Report on vaccination North-West Frontier Province 1904-1922 - 1904-1922
Year: 1904
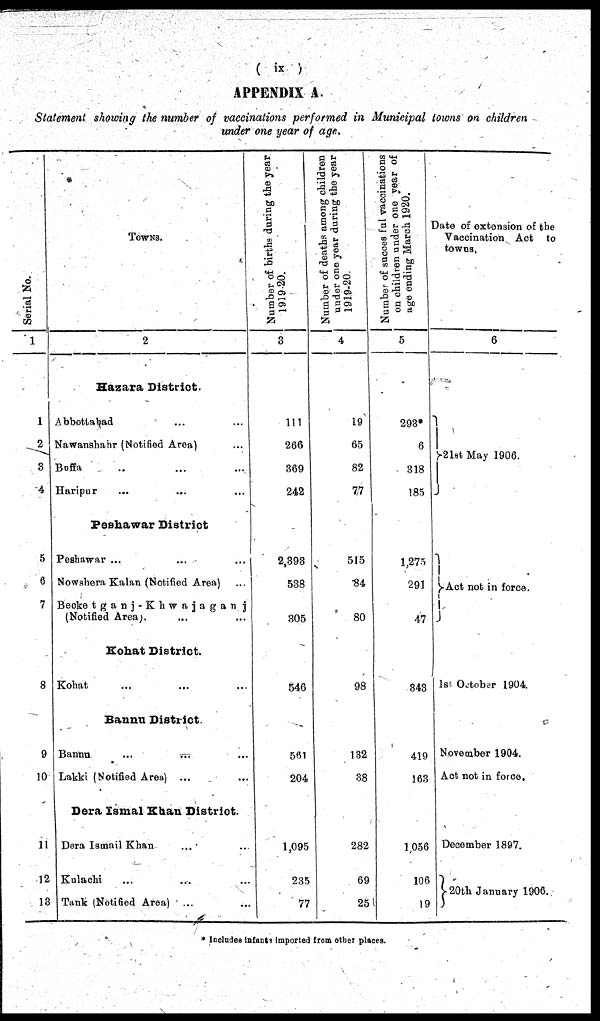
( ix )
APPENDIX A.
Statement showing the number of vaccinations performed in Municipal towns on children
under one year of age.
Serial No.
1
1
2
3
4
5
6
7
8
9
10
11
12
13
TOWNS.
2
Hazara District.
Abbottabad ... ...
Nawanshahr (Notified Area) ...
Buffa ... ... ...
Haripur ... ... ...
Peshawar District
Peshawar ... ... ...
Nowshera Kalan (Notified Area) ...
Becketganj-Khwajaganj
(Notified Area). ... ...
Kohat District.
Kohat ... ... ...
Bannu District.
Bannu ... ... ...
Lakki (Notified Area) ... ...
Dera Ismal Khan District.
Dera Ismail Khan ... ...
Kulachi ... ... ...
Tank (Notified Area) ... ...
Number of births during the year
1919 20.
3
111
266
369
242
2,393
538
305
546
561
204
1,095
235
77
Number of deaths among children
under one year during the year
1919-20.
4
19
65
82
77
515
84
80
98
132
38
282
69
25
Number of successful vaccinations
on children under one year of
age ending March 1920.
5
293
6
318
185
1,275
291
47
343
419
163
1,056
106
19
Date of extension of the
Vaccination Act to
towns.
6
21st May 1906.
Act not in force.
1st October 1904.
November 1904.
Act not in force.
December 1897.
20th January 1906.
* Includes infants Imported from other places.